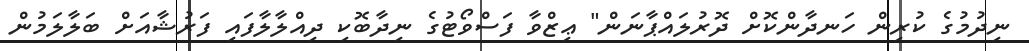
ނިދުމުގެ ކުރިން ހަނދާންކޮށް ދޮރުލައްޕާނަން" ޢިޒްވާ ފަސްވޯޓުގެ ނިދާބޮކި ދިއްލާލާފައި ފަރުޝާއަށް ބަލާލަމުން